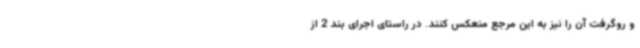
و روگرفت آن را نیز به این مرجع منعکس کنند. در راستای اجرای بند 2 از